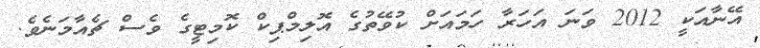
އޭނާއަކީ 2012 ވަނަ އަހަރާ ހަމައަށް ކުވޭތުގެ އޮލިމްޕިކް ކޮމިޓީގެ ވެސް ޗެއާމަނެވެ.